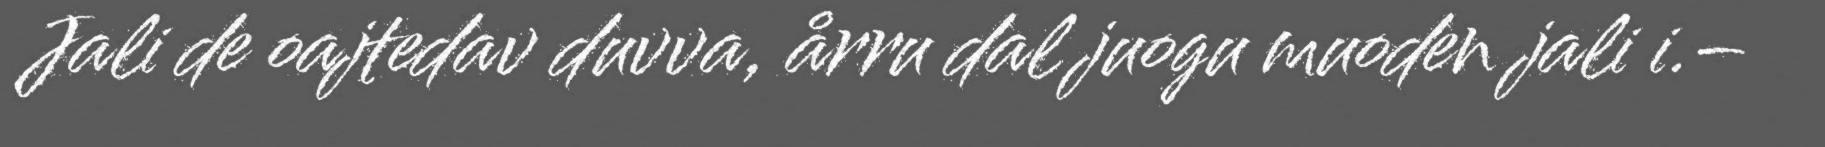
Jali de oajtedav duvva, årru dal juogu muoden jali i.–